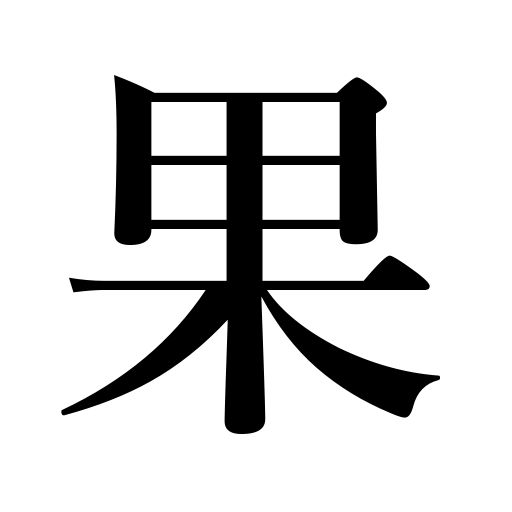
Meanings: reward,end,complete,limit,result,bounds,fruit,perform,fulfill,die,fate,achieve,be exhausted,extremity,perish,be finished,carry out,realize